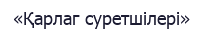
«Қарлаг суретшілері»